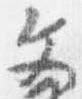
文